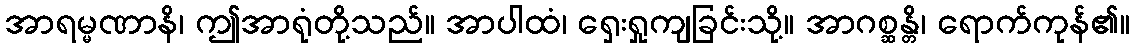
အာရမ္မဏာနိ၊ ဤအာရုံတို့သည်။ အာပါထံ၊ ရှေးရှုကျခြင်းသို့။ အာဂစ္ဆန္တိ၊ ရောက်ကုန်၏။